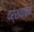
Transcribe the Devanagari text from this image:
दर्शवावेत